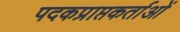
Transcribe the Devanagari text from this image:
पदकप्राप्तकर्ताओं